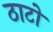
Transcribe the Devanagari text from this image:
ठाटों